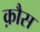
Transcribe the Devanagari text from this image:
क़ौस